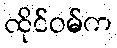
ထိုင်ဝမ်က